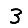
Digit: 3